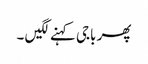
پھر باجی کہنے لگیں ۔